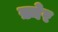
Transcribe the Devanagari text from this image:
ख़्मेर